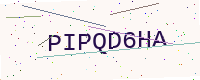
Text: PIPQD6HA